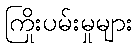
ကြိုးပမ်းမှုများ